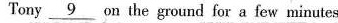
Tony \underline{9} on the ground for a few minutes